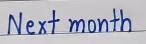
Next month